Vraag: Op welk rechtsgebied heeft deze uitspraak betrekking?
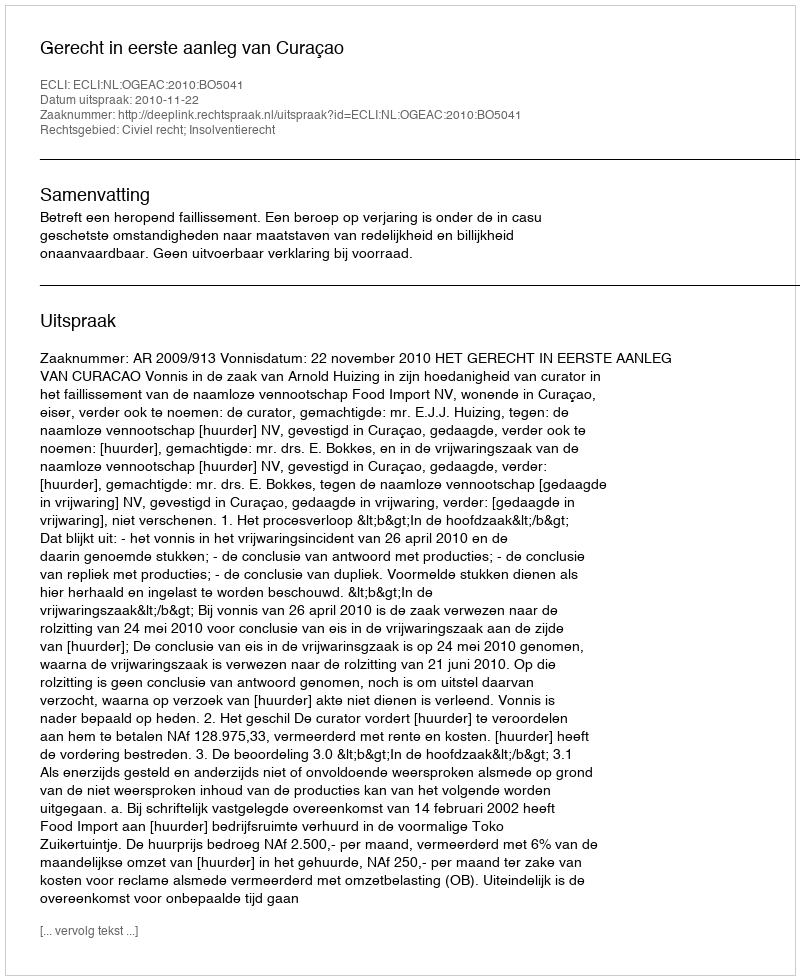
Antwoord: Civiel recht; Insolventierecht